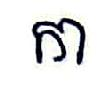
កា